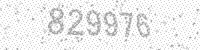
Solution: 829976